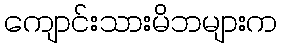
ကျောင်းသားမိဘများက